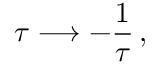
\tau \longrightarrow - \frac { 1 } { \tau } \, ,